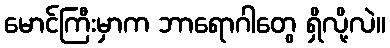
မောင်ကြီးမှာက ဘာရောဂါတွေ ရှိလို့လဲ။